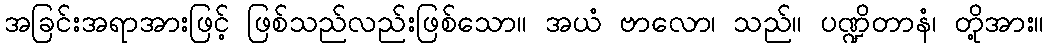
အခြင်းအရာအားဖြင့် ဖြစ်သည်လည်းဖြစ်သော။ အယံ ဗာလော၊ သည်။ ပဏ္ဍိတာနံ၊ တို့အား။